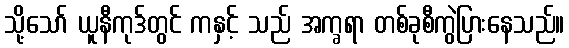
သို့သော် ယူနီကုဒ်တွင် ကနှင့် သည် အက္ခရာ တစ်ခုစီကွဲပြားနေသည်။